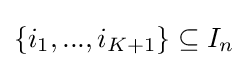
\{i_{1},...,i_{K+1}\}\subseteq I_{n}